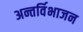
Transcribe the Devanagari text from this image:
अन्तर्विभाजन